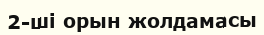
2-ші орын жолдамасы